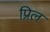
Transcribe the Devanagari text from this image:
प्रिल